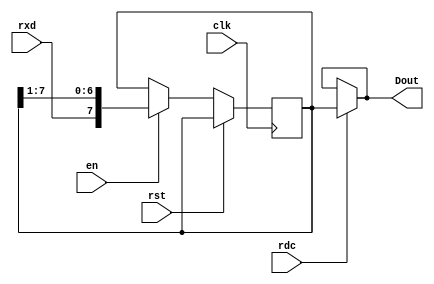
module rxshift(
rst,
rxd,
clk,
en,
rdc,
Dout
);

input rst, rxd, clk, en, rdc;
output [7:0]Dout;

reg [7:0]Data;
wire [7:0]nData;

always@(posedge clk or posedge rst)
begin
	if(rst)
		Data <= Data;
	else 
		Data <= nData;         //when reset=0, update the value of Data
end

assign nData = (en)? {rxd,Data[7:1]}:Data;//when en=1, start to shift data
assign Dout = (rdc)? Data : Dout; //rdc=1 represents counting was finished

endmodule